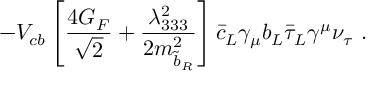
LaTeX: - V _ { c b } \left[ \frac { 4 G _ { F } } { \sqrt { 2 } } + \frac { \lambda _ { 3 3 3 } ^ { 2 } } { 2 m _ { \tilde { b } _ { R } } ^ { 2 } } \right] \bar { c } _ { L } \gamma _ { \mu } b _ { L } \bar { \tau } _ { L } \gamma ^ { \mu } \nu _ { \tau } \ .